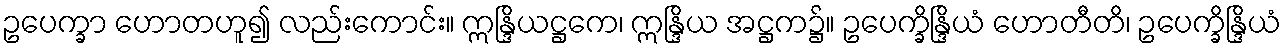
ဥပေက္ခာ ဟောတဟူ၍ လည်းကောင်း။ ဣန္ဒြိယဋ္ဌကေ၊ ဣန္ဒြိယ အဋ္ဌက၌။ ဥပေက္ခိန္ဒြိယံ ဟောတီတိ၊ ဥပေက္ခိန္ဒြိယံ